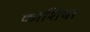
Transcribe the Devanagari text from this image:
काशिबा